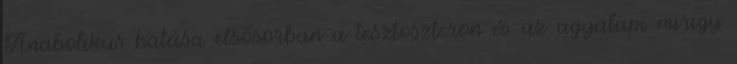
Anabolikus hatása elsősorban a tesztoszteron és az agyalapi mirigy